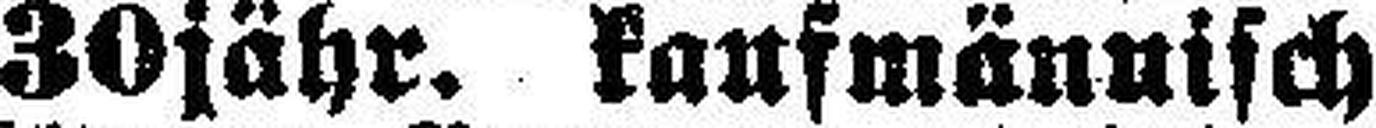
30jähr. kaufmännisch